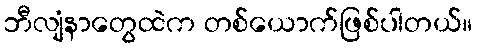
ဘီလျံနာတွေထဲက တစ်ယောက်ဖြစ်ပါတယ်။